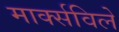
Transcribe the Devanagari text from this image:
मार्क्सविले